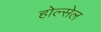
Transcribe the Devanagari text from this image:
होल्सेल